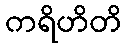
ကရိဟိတိ